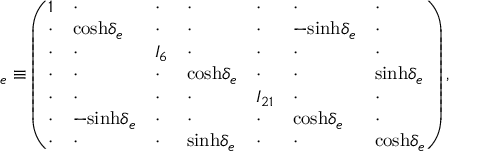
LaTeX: { \bf \Omega } _ { e } \equiv \left( \begin{array} { l l l l l l l } { { 1 } } & { { \cdot } } & { { \cdot } } & { { \cdot } } & { { \cdot } } & { { \cdot } } & { { \cdot } } \\ { { \cdot } } & { { \mathrm { c o s h } \delta _ { e } } } & { { \cdot } } & { { \cdot } } & { { \cdot } } & { { - \mathrm { s i n h } \delta _ { e } } } & { { \cdot } } \\ { { \cdot } } & { { \cdot } } & { { I _ { 6 } } } & { { \cdot } } & { { \cdot } } & { { \cdot } } & { { \cdot } } \\ { { \cdot } } & { { \cdot } } & { { \cdot } } & { { \mathrm { c o s h } \delta _ { e } } } & { { \cdot } } & { { \cdot } } & { { \mathrm { s i n h } \delta _ { e } } } \\ { { \cdot } } & { { \cdot } } & { { \cdot } } & { { \cdot } } & { { I _ { 2 1 } } } & { { \cdot } } & { { \cdot } } \\ { { \cdot } } & { { - \mathrm { s i n h } \delta _ { e } } } & { { \cdot } } & { { \cdot } } & { { \cdot } } & { { \mathrm { c o s h } \delta _ { e } } } & { { \cdot } } \\ { { \cdot } } & { { \cdot } } & { { \cdot } } & { { \mathrm { s i n h } \delta _ { e } } } & { { \cdot } } & { { \cdot } } & { { \mathrm { c o s h } \delta _ { e } } } \end{array} \right) ,